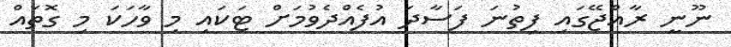
ނޫނީ ރާއްޖޭގައި ފިތުނަ ފަސާދަ އުފެއްދެވުމަށް ޓަކައި މި ވާހަކަ މި ގޮތައް